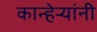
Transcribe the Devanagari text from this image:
कान्हेर्‍यांनी